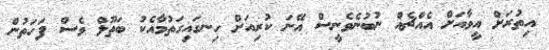
އިތުރަށް އީވާއަށް އެއްޗެއް ނުބުނެވެނީސް އޭނަ ކުރިއަށް ހިނގައިގަތުމާއެކު ބަތޫލް ވެސް ފަހަތުން